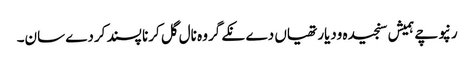
رنپوچے ہمیش سنجیدہ ودیارتھیاں دے نکے گروہ نال گل کرنا پسند کردے سان۔